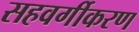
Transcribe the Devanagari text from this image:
सहवर्गीकरण